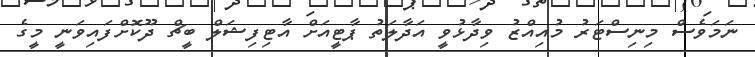
ނަމަވެސް މިނިސްޓަރު މުއިއްޒު ވިދާޅުވީ އަދާލަތު ޕާޓީއަށް އާޓިފިޝަލް ބީޗް ދޫކޮށްފައިވަނީ މީގެ